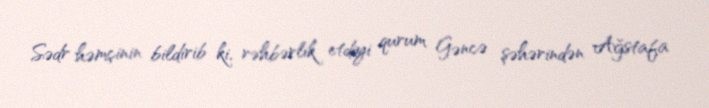
Sədr həmçinin bildirib ki, rəhbərlik etdiyi qurum Gəncə şəhərindən Ağstafa